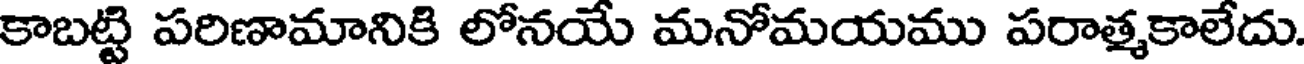
కాబట్టి పరిణామానికి లోనయే మనోమయము పరాత్మకాలేదు